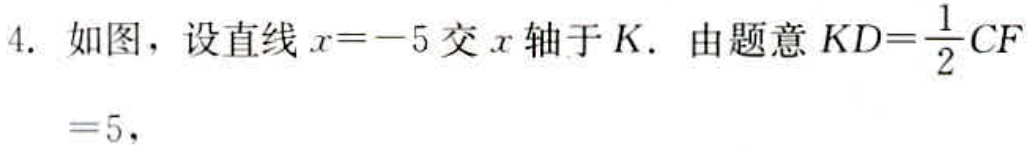
4. 如图，设直线\(x = - 5\)交\(x\)轴于\(K\). 由题意\(KD=\frac{1}{2}CF = 5\)，